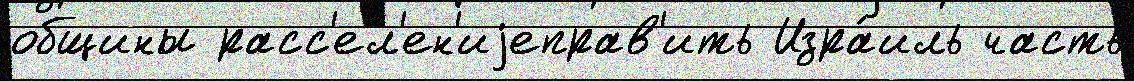
общины расс'ел'ен'иjеправ'ить Изра́иль часть